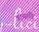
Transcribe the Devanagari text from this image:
काव्यरुचि